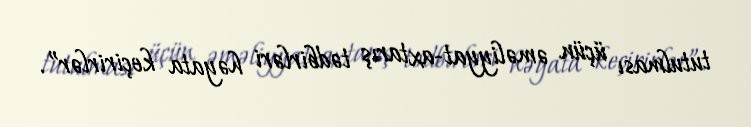
tutulması üçün əməliyyat-axtarış tədbirləri həyata keçirirlər”.